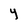
Character: Y